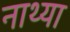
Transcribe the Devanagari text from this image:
नाथ्या